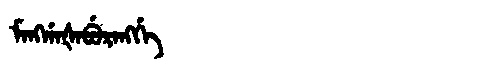
Manchu: ᠮᠠᠩᡤᠠᡧᠠᠪᡠᡵᠠᠩᡤᡝ
Romanization: MANGGAŠABURANGGE